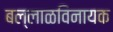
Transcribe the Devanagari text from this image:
बल्लाळविनायक